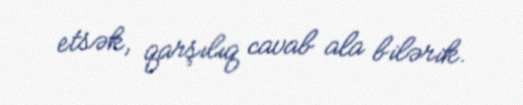
etsək, qarşılıq cavab ala bilərik.